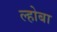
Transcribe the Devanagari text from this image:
ल्होबा